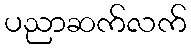
ပညာဆက်လက်